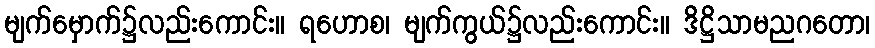
မျက်မှောက်၌လည်းကောင်း။ ရဟောစ၊ မျက်ကွယ်၌လည်းကောင်း။ ဒိဋ္ဌိသာမညဂတော၊